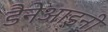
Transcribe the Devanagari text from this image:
डैनेआइनी